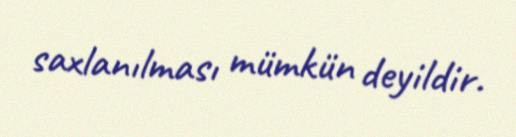
saxlanılması mümkün deyildir.